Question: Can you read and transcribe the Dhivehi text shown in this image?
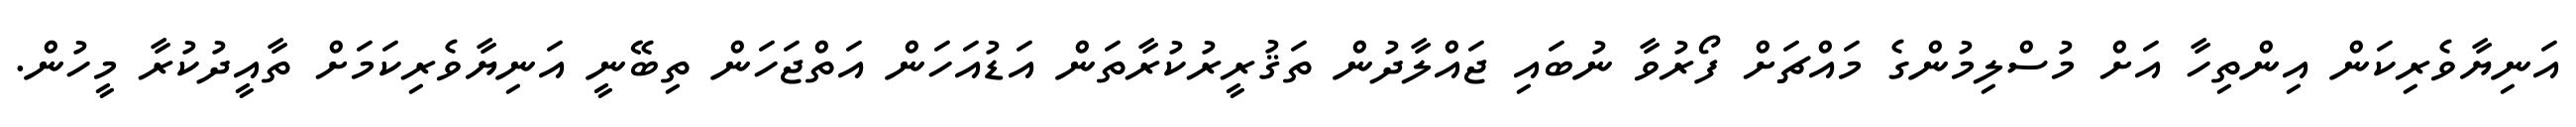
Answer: އަނިޔާވެރިކަން އިންތިހާ އަށް މުސްލިމުންގެ މައްޗަށް ފޯރުވާ ނުބައި ޖައްލާދުން ތަޤުރީރުކުރާތަން އަޑުއަހަން އަތްޖަހަން ތިބޭނީ އަނިޔާވެރިކަމަށް ތާއީދުކުރާ މީހުން.